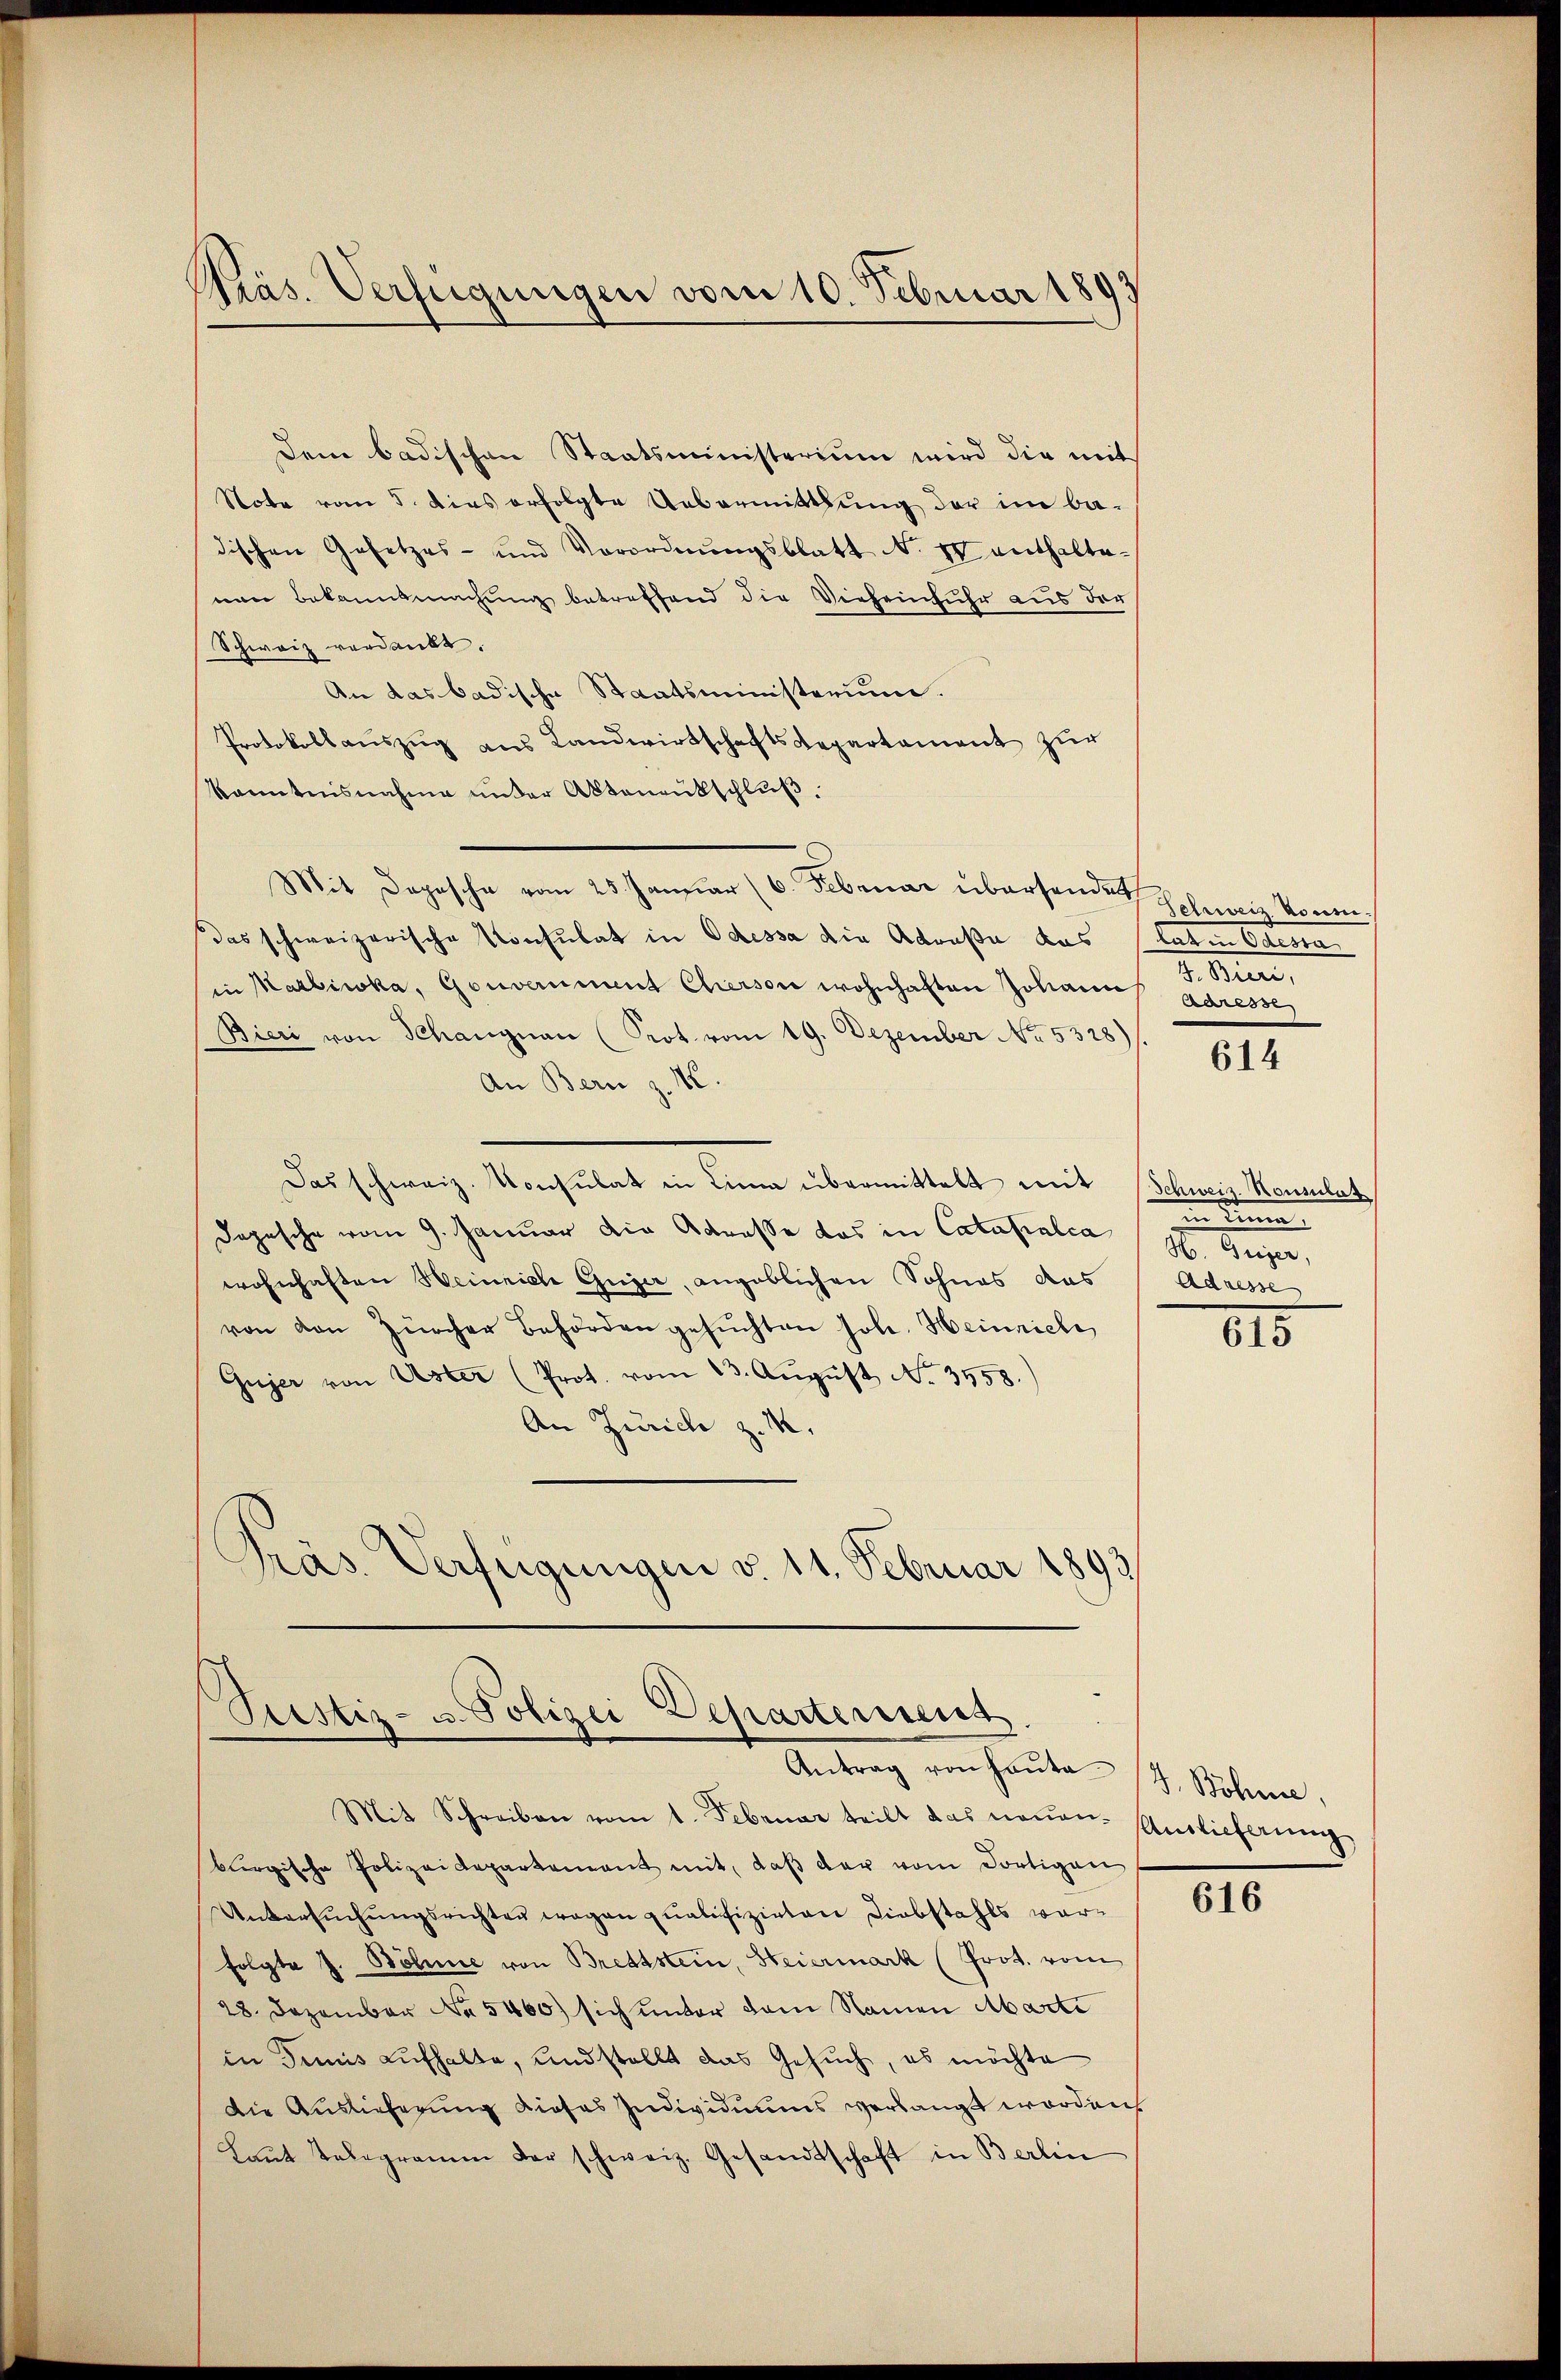
Präs. Verfügungen vom 10. Februar 1893

dem badischen Staatsministerium wird die mit
Note vom 5. dies erfolgte Uebermittlung der im ba-
dischen Gesetzes- und Verordnŭngsblatt N. IV enthaltenen Bekanntmachung betreffend die Vieheinfuhr aus der
Schweiz verdankt.
An das badische Staatsministerium.
Protokollauszug aus Landwirtschaftsdepartement zur
kanntnisnahme ander Aktenantschluß.
Mit Depesche vom 25. Januar (6. Februar übersenden schweiz konn
 das schweizerische Konsulat in Odessa die Adraßa das (latin Odesta
in Karbiwka, Gouvernment Cherson wohnhaften Johann adresse
Bieri von Schangnau (Prot vom 19. Dezember No. 5328).
An Bern z. B.
Das schweiz. Konsulat in Linn übermittelt mit Schweiz. Konsulat
Dopesche vom 9. Januar die Adresse das in Catasialca (H. Gujer,
wohnhaften Heinrich Gujer, angeblichen Sohnes das
von von Zürcher Behörden gesŭchten soll. Heinriche,
Gujer von Uster (Prot. vom 13. Aŭgŭst No. 3558.
An Zürich z. M.
Präs. Verfügungen v. 11. Februar 1893

Pustiz- u. Polizei Departerrent
Antrag von Haŭte (T. Söhne,

G. Bieri,

Mit Schreiben vom 1. Februar teilt das neŭen Auslieferung
burgische Polizeidepartement mit, daß der vom dortigen
Untersŭchŭngsrichten wegen qualifizirten Diebstahls vorfolgte J. Böhme von Brettstein, Steiermark (Prot. vom
28. Dezember No 5460) sich unter dem Namen Marte
in Jenis aufhalte, und stellt das Gesuch, es möchte
Die Auslieferung dieses Individuums verlangt worden,
Laut Telegramm der schweiz. Gesandtschaft in Berlin

614

in einen
Adresse

615

616